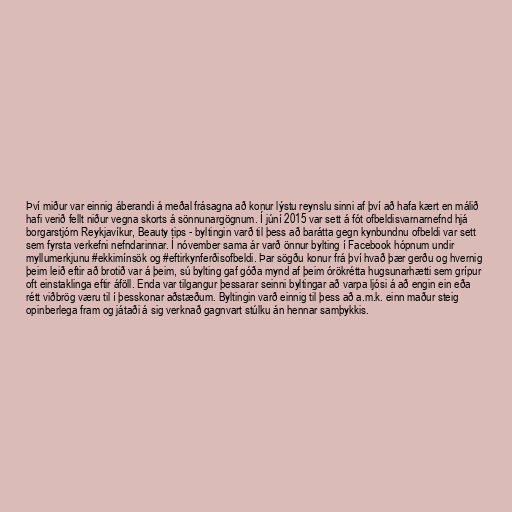
Því miður var einnig áberandi á meðal frásagna að konur lýstu reynslu sinni af því að hafa kært en málið
hafi verið fellt niður vegna skorts á sönnunargögnum. Í júní 2015 var sett á fót ofbeldisvarnarnefnd hjá
borgarstjórn Reykjavíkur, Beauty tips - byltingin varð til þess að barátta gegn kynbundnu ofbeldi var sett
sem fyrsta verkefni nefndarinnar. Í nóvember sama ár varð önnur bylting í Facebook hópnum undir
myllumerkjunu #ekkimínsök og #eftirkynferðisofbeldi. Þar sögðu konur frá því hvað þær gerðu og hvernig
þeim leið eftir að brotið var á þeim, sú bylting gaf góða mynd af þeim órökrétta hugsunarhætti sem grípur
oft einstaklinga eftir áföll. Enda var tilgangur þessarar seinni byltingar að varpa ljósi á að engin ein eða
rétt viðbrög væru til í þesskonar aðstæðum. Byltingin varð einnig til þess að a.m.k. einn maður steig
opinberlega fram og játaði á sig verknað gagnvart stúlku án hennar samþykkis.